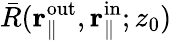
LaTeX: \bar{R}(\textbf{r}_{\parallel}^{\mathrm{out}},\textbf{r}_{\parallel}^{\mathrm{in}};z_{0})